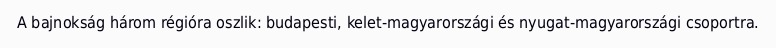
A bajnokság három régióra oszlik: budapesti, kelet-magyarországi és nyugat-magyarországi csoportra.